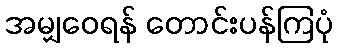
အမျှဝေရန် တောင်းပန်ကြပုံ